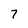
Character: 7